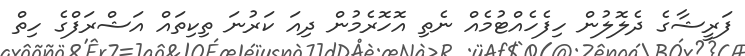
ފަރީޝާގެ ދެލޮލުން ހިފެހެއްޓުމެއް ނެތި އޮހޮރެމުން ދިއަ ކަރުނަ ތިކިތައް އަޝްރަފްގެ ހިތް